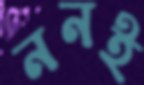
ননই